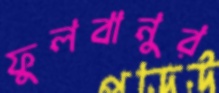
ফুলবানুর